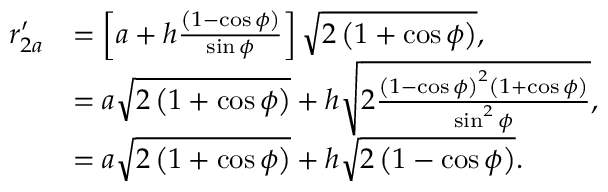
\begin{array} { r l } { r _ { 2 a } ^ { \prime } } & { = \left[ a + h \frac { \left( 1 - \cos { \phi } \right) } { \sin { \phi } } \right] \sqrt { 2 \left( 1 + \cos { \phi } \right) } , } \\ & { = a \sqrt { 2 \left( 1 + \cos { \phi } \right) } + h \sqrt { 2 \frac { \left( 1 - \cos { \phi } \right) ^ { 2 } \left( 1 + \cos { \phi } \right) } { \sin ^ { 2 } { \phi } } } , } \\ & { = a \sqrt { 2 \left( 1 + \cos { \phi } \right) } + h \sqrt { 2 \left( 1 - \cos { \phi } \right) } . } \end{array}